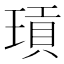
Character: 𭹫